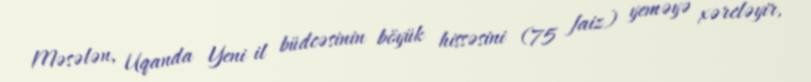
Məsələn, Uqanda Yeni il büdcəsinin böyük hissəsini (75 faiz) yeməyə xərcləyir,